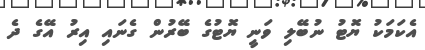
އެކަމަކު ޔޮޓު ނުބޭލި ވަނީ ޔޮޓުގެ ބޭރުން ގެނައި އިރު އޭގެ ދެ